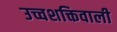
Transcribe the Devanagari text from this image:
उच्चशक्तिवाली